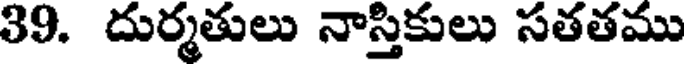
39. దుర్మతులు నాస్తికులు సతతము